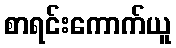
စာရင်းကောက်ယူ